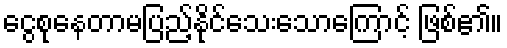
ငွေစုနေတာမပြည့်နိုင်သေးသောကြောင့် ဖြစ်၏။